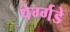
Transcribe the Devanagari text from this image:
पेर्ग्गडे